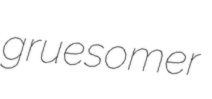
gruesomer